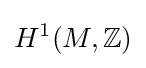
H^{1}(M,\mathbb {Z} )